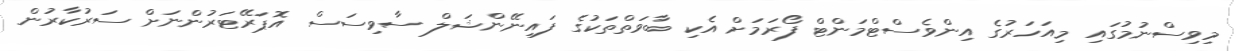
މިވިސްނުމުގައި މިއަހަރުގެ އިންވެސްޓްމަންޓް ފޯރަމަށް އެކި ބާވަތްތަކުގެ ފައިނޭންޝަލް ސާވިސަސް އޮޕަރޭޓަރުންނަށް ސަރުކާރުން